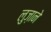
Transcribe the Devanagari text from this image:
लुज़ाने